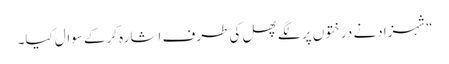
“شہزادنے درختوں پر لگے پھل کی طرف اشارہ کرکے سوال کیا۔